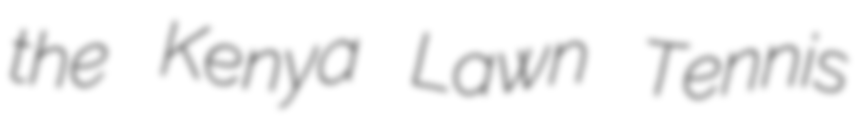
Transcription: the Kenya Lawn Tennis